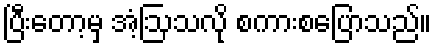
ပြီးတော့မှ အံ့ဩသလို စကားစပြောသည်။